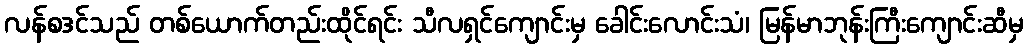
လန်စဒင်သည် တစ်ယောက်တည်းထိုင်ရင်း သီလရှင်ကျောင်းမှ ခေါင်းလောင်းသံ၊ မြန်မာဘုန်းကြီးကျောင်းဆီမှ